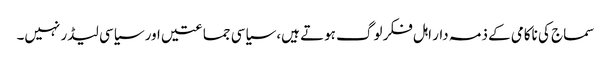
سماج کی ناکامی کے ذمہ دار اہل فکر لوگ ہوتے ہیں، سیاسی جماعتیں اور سیاسی لیڈر نہیں۔